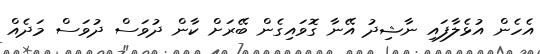
އެހެން އުޅެލާފައި ނާޝިދު އޭނާ ގޮވައިގެން ބޭރަށް ކާން ދުވަސް ދުވަސް މަދެއް